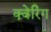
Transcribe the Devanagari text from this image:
क्वेरिंग